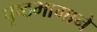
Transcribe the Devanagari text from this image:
पृष्ठभागाने